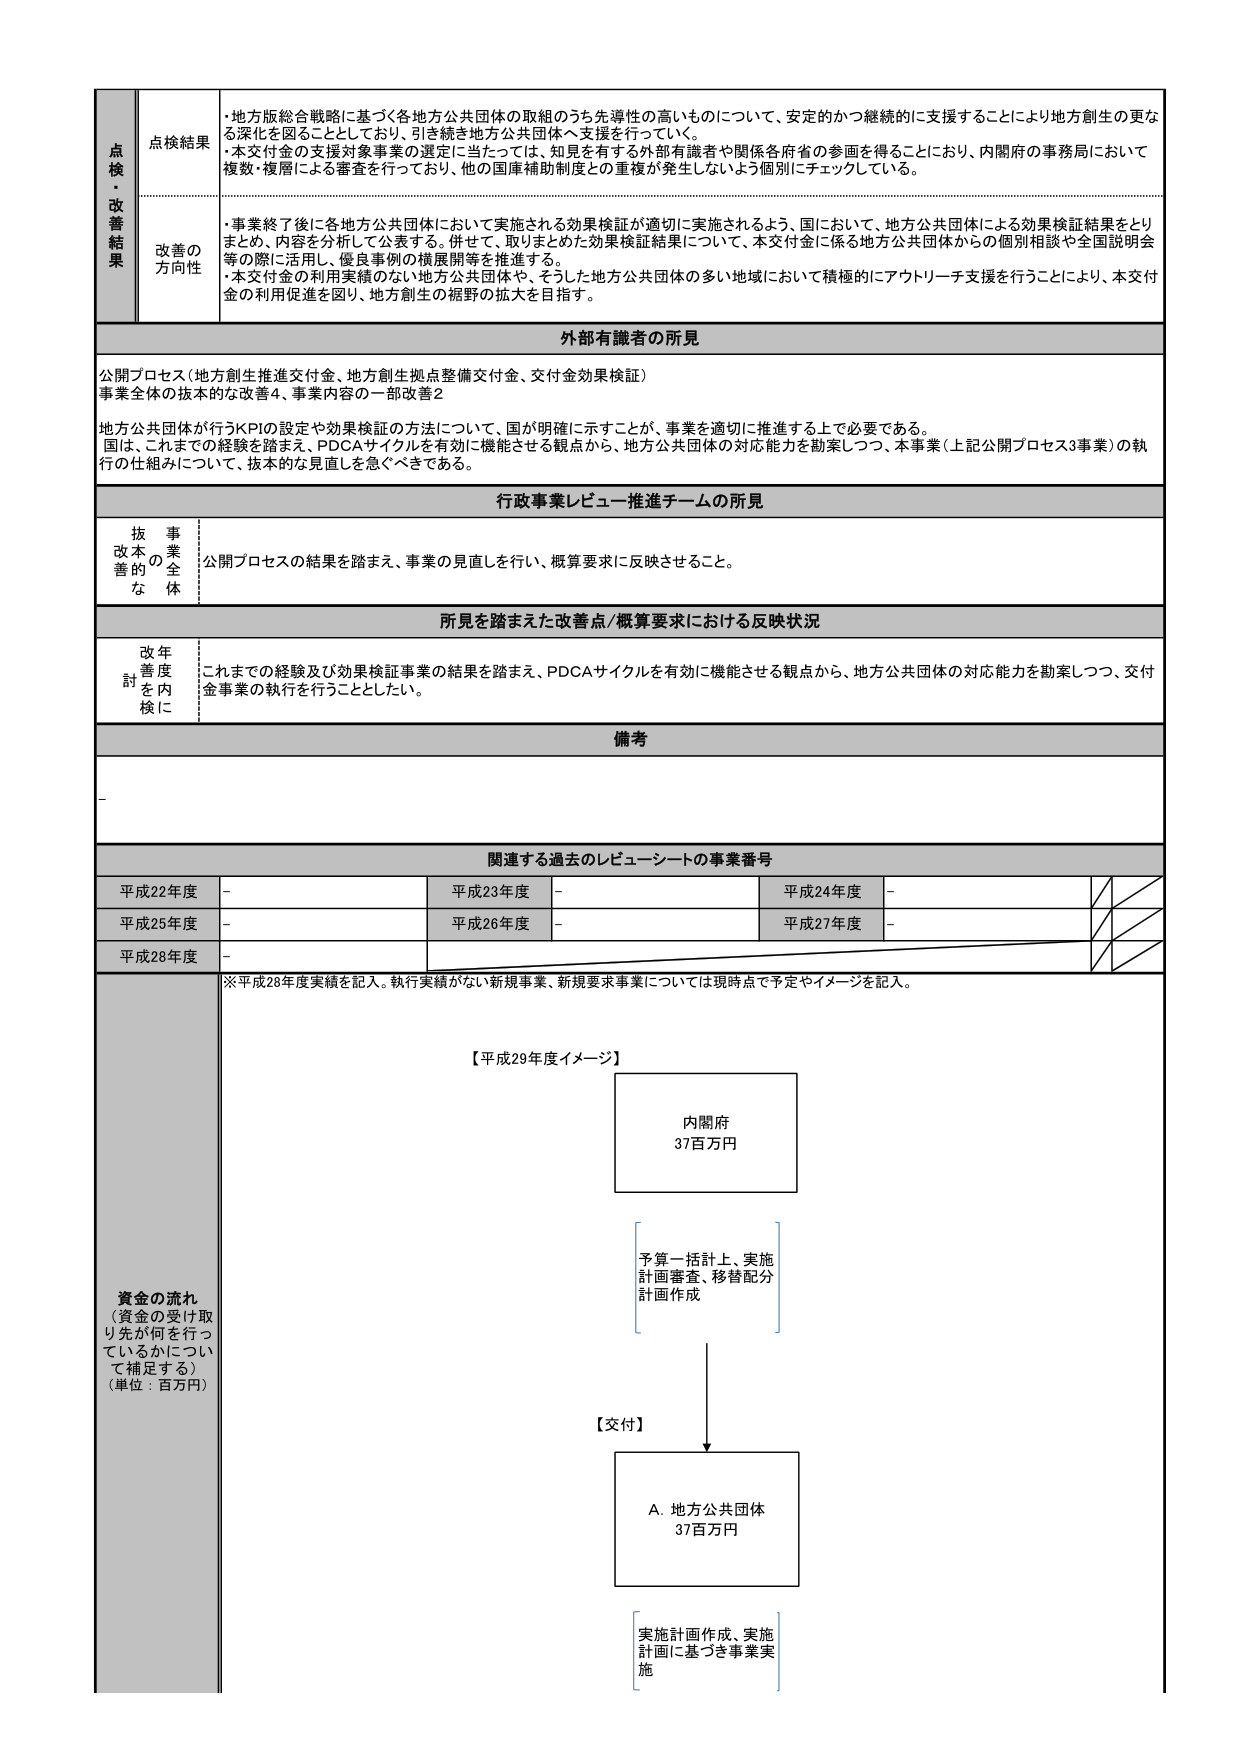
点検・改善結果
点検結果
・地方版総合戦略に基づく各地方公共団体の取組のうち先導性の高いものについて、安定的かつ継続的に支援することにより地方創生の更なる深化を図ることとしており、引き続き地方公共団体へ支援を行っている。
・本交付金の支援対象事業の選定に当たっては、知見を有する外部有識者や関係各府省の参画を得ることにより、内閣府の事務局において複数・複層による審査を行っており、他の国庫補助制度との重複が発生しないよう個別にチェックしている。

改善の方向性
・事業終了後に各地方公共団体において実施される効果検証が適切に実施されるよう、国において、地方公共団体による効果検証結果をとりまとめ、内容を分析して公表する。併せて、取りまとめた効果検証結果について、本交付金に係る地方公共団体からの個別相談や全国説明会等の際に活用し、優良事例の横展開等を推進する。
・本交付金の利用実績のない地方公共団体や、そうした地方公共団体の多い地域において積極的にアウトリーチ支援を行うことにより、本交付金の利用促進を図り、地方創生の裾野の拡大を目指す。

外部有識者の所見
公開プロセス（地方創生推進交付金、地方創生拠点整備交付金、交付金効果検証）
事業全体の抜本的な改善4、事業内容の一部改善2
地方公共団体が行うKPIの設定や効果検証の方法について、国が明確に示すことが、事業を適切に推進する上で必要である。
国は、これまでの経験を踏まえ、PDCAサイクルを有効に機能させる観点から、地方公共団体の対応能力を勘案しつつ、本事業（上記公開プロセス3事業）の執行の仕組みについて、抜本的な見直しを急ぐべきである。

行政事業レビュー推進チームの所見
抜本的改善の全体
公開プロセスの結果を踏まえ、事業の見直しを行い、概算要求に反映させること。

所見を踏まえた改善点/概算要求における反映状況
改善策を年内に検討
これまでの経験及び効果検証事業の結果を踏まえ、PDCAサイクルを有効に機能させる観点から、地方公共団体の対応能力を勘案しつつ、交付金事業の執行を行うこととしたい。

備考
-

関連する過去のレビューシートの事業番号
平成22年度 - 平成23年度 - 平成24年度 -
平成25年度 - 平成26年度 - 平成27年度 -
平成28年度 -

※平成28年度実績を記入。執行実績がない新規事業、新規要求事業については現時点で予定やイメージを記入。

【平成29年度イメージ】
内閣府
37百万円

予算一括計上、実施計画審査、移替配分計画作成

【交付】
A. 地方公共団体
37百万円

実施計画作成、実施計画に基づき事業実施

資金の流れ
（資金の受け取り先が何を行っているかについて補足する）
（単位：百万円）